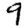
Digit: 9